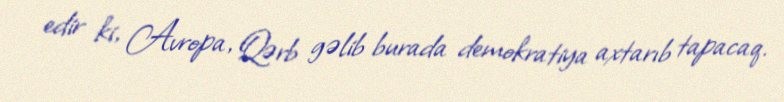
edir ki, Avropa, Qərb gəlib burada demokratiya axtarıb tapacaq.